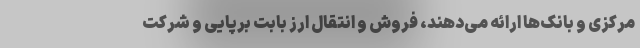
مرکزی و بانک‌ها ارائه می‌دهند، فروش و انتقال ارز بابت برپایی و شرکت